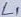
Text: L1